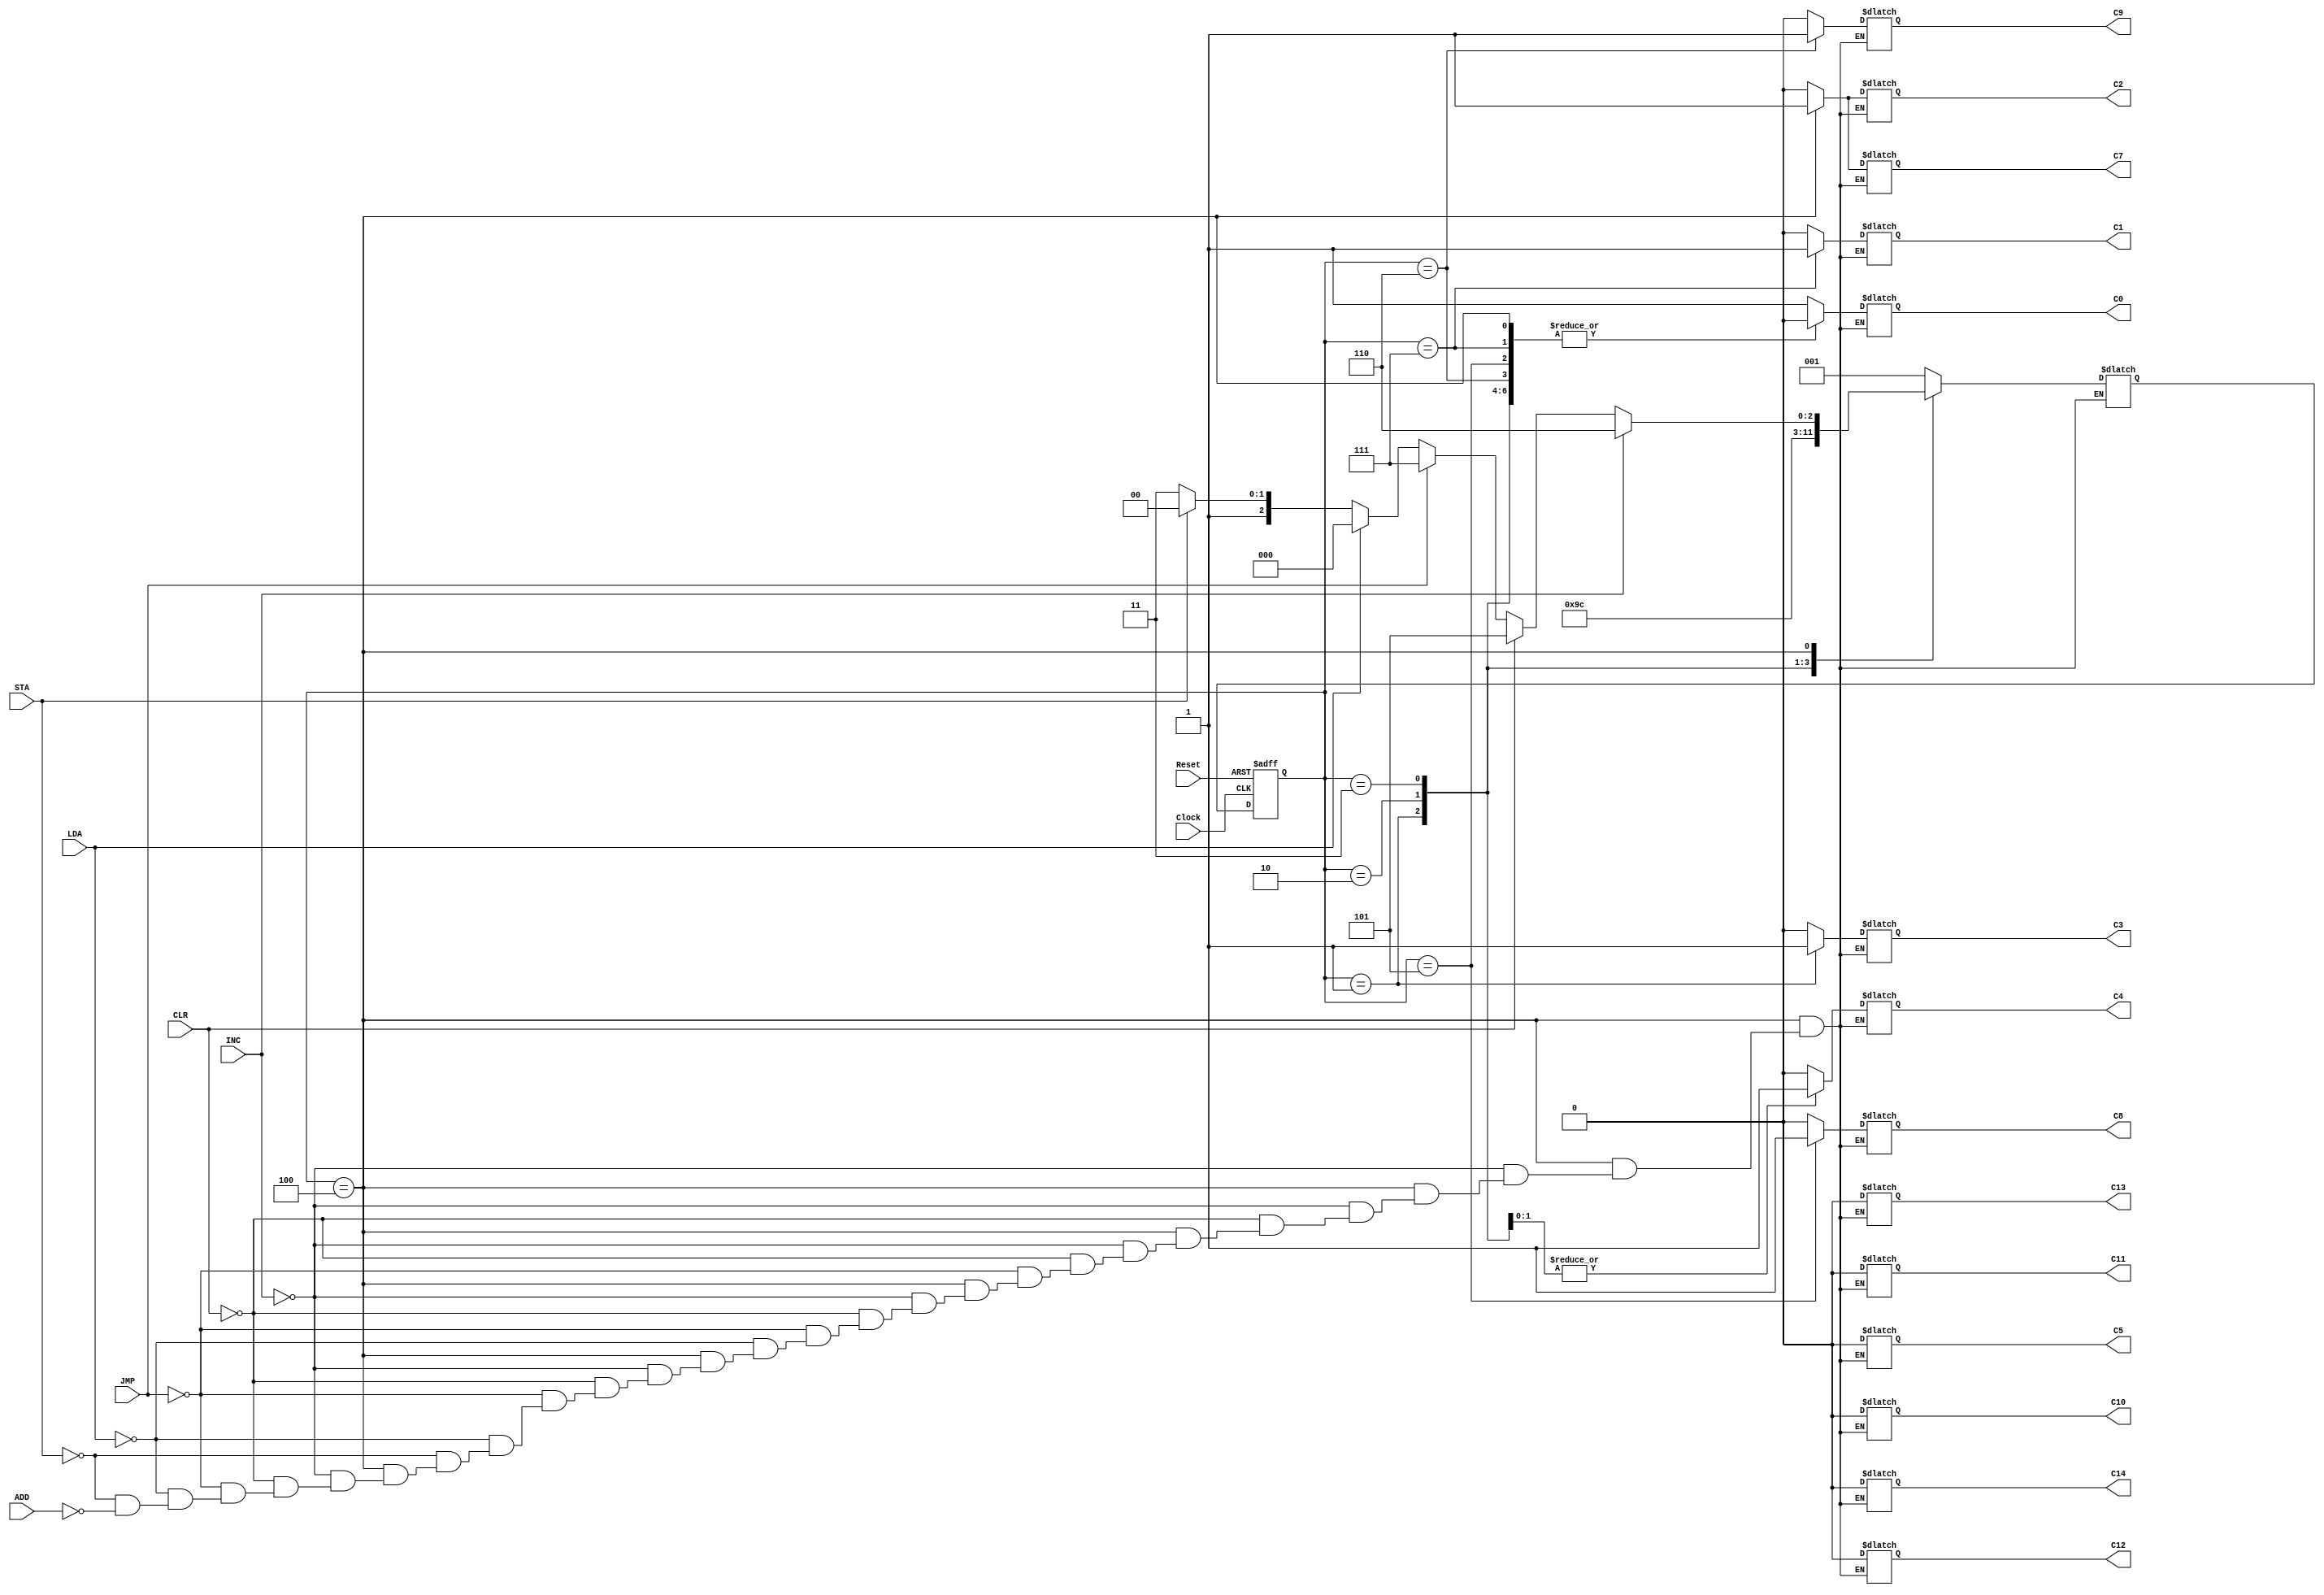
// Verilog Behavioral Model of A ID Controller which fetches the signals and
// executes 6 instructions - INC, CLR, JMP, LDA, STA, and ADD
// (Increment ACC, Clear ACC, Jump, Load ACC, Store ACC, and Add ACC instructions)


// The opcodes for the 6 commands are:
// LDA opcode 	= 0000 => 0
// STA opcode 	= 0001 => 1
// ADD opcode 	= 0010 => 2
// INC opcode 	= 0110 => 6
// CLR opcode 	= 0111 => 7
// JMP opcode 	= 1000 => 8

module SixController (LDA, STA, ADD, INC, CLR, JMP, Clock, Reset, C0, C1, C2, C3, C4, C5, C7, C8, C9, C10, C11, C12, C13, C14);
	input LDA, STA, ADD, INC, CLR, JMP, Clock, Reset; //declare input variables
	output reg C0, C1, C2, C3, C4, C5, C7, C8, C9, C10, C11, C12, C13, C14; //declare output signals
	reg [2:0] state, nextstate; //declare state and next state variables
	
	parameter A=5'b00000, B=5'b00001, C=5'b00010, D=5'b00011, E=5'b00100, F=5'b00110, G=5'b00101, H=5'b00111,
				 I = 5'b01000, J = 5'b01001, K = 5'b01010, L = 5'b01011, M = 5'b01100, N = 5'b01101, O = 5'b01110,
				 P = 5'b01111, Q = 5'b10000, R = 5'b10001, S = 5'b10010, T = 5'b10011, U = 5'b10100;
		always @ (posedge Clock, negedge Reset) //Detect input variable transitions
			if (Reset == 1'b0) state <= A; //Take controller to state A on Reset
				else state <= nextstate; //Change state
		always @ (state) //Derive next state and outputs according to state diagram
			case (state)
				// State A, C0 = 1
				A: begin nextstate=B; C0=1'b1; C1 = 1'b0; C2 = 1'b0; C3 = 1'b0; C4 = 1'b0; C5 = 1'b0; 
				C7 = 1'b0; C8 = 1'b0; C9 = 1'b0; C10 = 1'b0; C11 = 1'b0; C12 = 1'b0; C13 = 1'b0; C14 = 1'b0; end
				
				// State B, C3 = 1
				B: begin nextstate=C; C0=1'b0; C1 = 1'b0; C2 = 1'b0; C3 = 1'b1; C4 = 1'b0; C5 = 1'b0; 
				C7 = 1'b0; C8 = 1'b0;  C9 = 1'b0; C10 = 1'b0; C11 = 1'b0; C12 = 1'b0; C13 = 1'b0; C14 = 1'b0;
				 end
				
				// State C, C4 = 1
				C: begin nextstate=D; C0=1'b0; C1 = 1'b0; C2 = 1'b0; C3 = 1'b0; C4 = 1'b1; C5 = 1'b0; 
				C7 = 1'b0; C8 = 1'b0;  C9 = 1'b0; C10 = 1'b0; C11 = 1'b0; C12 = 1'b0; C13 = 1'b0; C14 = 1'b0;
				 end
				
				// State D, C4 = 1
				D: begin nextstate=E; C0=1'b0; C1 = 1'b0; C2 = 1'b0; C3 = 1'b0; C4 = 1'b1; C5 = 1'b0; 
				C7 = 1'b0; C8 = 1'b0;  C9 = 1'b0; C10 = 1'b0; C11 = 1'b0; C12 = 1'b0; C13 = 1'b0; C14 = 1'b0;
				 end
				
				// State E, C2 = C7 = 1
				E: 
					begin //beginning of state E case statement
						// Increment Command (INC) opCode=0110; set C2 = 1 (Load PC)
						if (INC)
							begin
							nextstate=F; C0=1'b0; C1 = 1'b0; C2 = 1'b1; C3 = 1'b0; C4 = 1'b0; C5 = 1'b0; 
							C7 = 1'b1; C8 = 1'b0;  C9 = 1'b0; C10 = 1'b0; C11 = 1'b0; C12 = 1'b0; C13 = 1'b0; C14 = 1'b0;
							end
					
						// Clear Command (CLR) opCode=0111;
						else if (CLR)
							begin
							nextstate=G; C0=1'b0; C1 = 1'b0; C2 = 1'b1; C3 = 1'b0; C4 = 1'b0; C5 = 1'b0; 
							C7 = 1'b1; C8 = 1'b0;  C9 = 1'b0; C10 = 1'b0; C11 = 1'b0; C12 = 1'b0; C13 = 1'b0; C14 = 1'b0;
							end
						
						// Jump Command (JMP) opCode=1000
						else if(JMP)
							begin
							nextstate=H; C0=1'b0; C1 = 1'b0; C2 = 1'b1; C3 = 1'b0; C4 = 1'b0; C5 = 1'b0; 
							C7 = 1'b1; C8 = 1'b0;  C9 = 1'b0; C10 = 1'b0; C11 = 1'b0; C12 = 1'b0; C13 = 1'b0; C14 = 1'b0;
							end
							
						// Load ACC Command (LDA), opcode = 0000;
						else if(LDA)
							begin
							nextstate=I; C0=1'b0; C1 = 1'b0; C2 = 1'b1; C3 = 1'b0; C4 = 1'b0; C5 = 1'b0; 
							C7 = 1'b1; C8 = 1'b0;  C9 = 1'b0; C10 = 1'b0; C11 = 1'b0; C12 = 1'b0; C13 = 1'b0; C14 = 1'b0;
							end
						
						// Store ACC Command (STA), opcode = 0001;
						else if(STA)
							begin
							nextstate=M; C0=1'b0; C1 = 1'b0; C2 = 1'b1; C3 = 1'b0; C4 = 1'b0; C5 = 1'b0; 
							C7 = 1'b1; C8 = 1'b0;  C9 = 1'b0; C10 = 1'b0; C11 = 1'b0; C12 = 1'b0; C13 = 1'b0; C14 = 1'b0;
							end
						
						// Add ACC Command (ADD), opcode = 0010;
						else if(ADD)
							begin
							nextstate=P; C0=1'b0; C1 = 1'b0; C2 = 1'b1; C3 = 1'b0; C4 = 1'b0; C5 = 1'b0; 
							C7 = 1'b1; C8 = 1'b0;  C9 = 1'b0; C10 = 1'b0; C11 = 1'b0; C12 = 1'b0; C13 = 1'b0; C14 = 1'b0;
							end
							
						end //end of E case statement
						
				F: begin nextstate=B; C0=1'b0; C1 = 1'b0; C2 = 1'b0; C3 = 1'b0; C4 = 1'b0; C5 = 1'b0; 
					C7 = 1'b0; C8 = 1'b0;  C9 = 1'b1; C10 = 1'b0; C11 = 1'b0; C12 = 1'b0; C13 = 1'b0; C14 = 1'b0;
					 end
				 
				G: begin nextstate=B; C0=1'b0; C1 = 1'b0; C2 = 1'b0; C3 = 1'b0; C4 = 1'b0; C5 = 1'b0; 
				C7 = 1'b0; C8 = 1'b1;  C9 = 1'b0; C10 = 1'b0; C11 = 1'b0; C12 = 1'b0; C13 = 1'b0; C14 = 1'b0;
				 end
				 
				H: begin nextstate=B; C0=1'b0; C1 = 1'b1; C2 = 1'b0; C3 = 1'b0; C4 = 1'b0; C5 = 1'b0; 
				C7 = 1'b0; C8 = 1'b0;  C9 = 1'b0; C10 = 1'b0; C11 = 1'b0; C12 = 1'b0; C13 = 1'b0; C14 = 1'b0;
				 end
				 
				I: begin nextstate = J; C0=1'b0; C1 = 1'b0; C2 = 1'b0; C3 = 1'b0; C4 = 1'b0; C5 = 1'b0; 
				C7 = 1'b0; C8 = 1'b0;  C9 = 1'b0; C10 = 1'b0; C11 = 1'b0; C12 = 1'b0; C13 = 1'b0; C14 = 1'b0;
				 end
				 
				J: begin nextstate = K; C0=1'b0; C1 = 1'b0; C2 = 1'b0; C3 = 1'b0; C4 = 1'b1; C5 = 1'b0; 
				C7 = 1'b0; C8 = 1'b0;  C9 = 1'b0; C10 = 1'b0; C11 = 1'b0; C12 = 1'b0; C13 = 1'b0; C14 = 1'b0;
				 end
				 
				K: begin nextstate = L; C0=1'b0; C1 = 1'b0; C2 = 1'b0; C3 = 1'b0; C4 = 1'b1; C5 = 1'b0; 
				C7 = 1'b0; C8 = 1'b0;  C9 = 1'b0; C10 = 1'b0; C11 = 1'b0; C12 = 1'b0; C13 = 1'b0; C14 = 1'b0;
				 end
				 
				L: begin nextstate = B; C0=1'b0; C1 = 1'b0; C2 = 1'b0; C3 = 1'b0; C4 = 1'b0; C5 = 1'b0; 
				C7 = 1'b0; C8 = 1'b0;  C9 = 1'b0; C10 = 1'b1; C11 = 1'b1; C12 = 1'b0; C13 = 1'b0; C14 = 1'b0;
				 end
				
				default: begin nextstate=A; C0=1'b1; C1 = 1'b0; C2 = 1'b0; C3 = 1'b0; C4 = 1'b0; C5 = 1'b0; 
				C7 = 1'b0; C8 = 1'b0;  C9 = 1'b0; C10 = 1'b0; C11 = 1'b0; C12 = 1'b0; C13 = 1'b0; C14 = 1'b0;
				 end
			endcase
endmodule